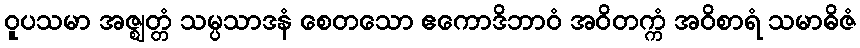
ဝူပသမာ အဇ္ဈတ္တံ သမ္ပသာဒနံ စေတသော ဧကောဒိဘာဝံ အဝိတက္ကံ အဝိစာရံ သမာဓိဇံ